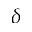
\delta